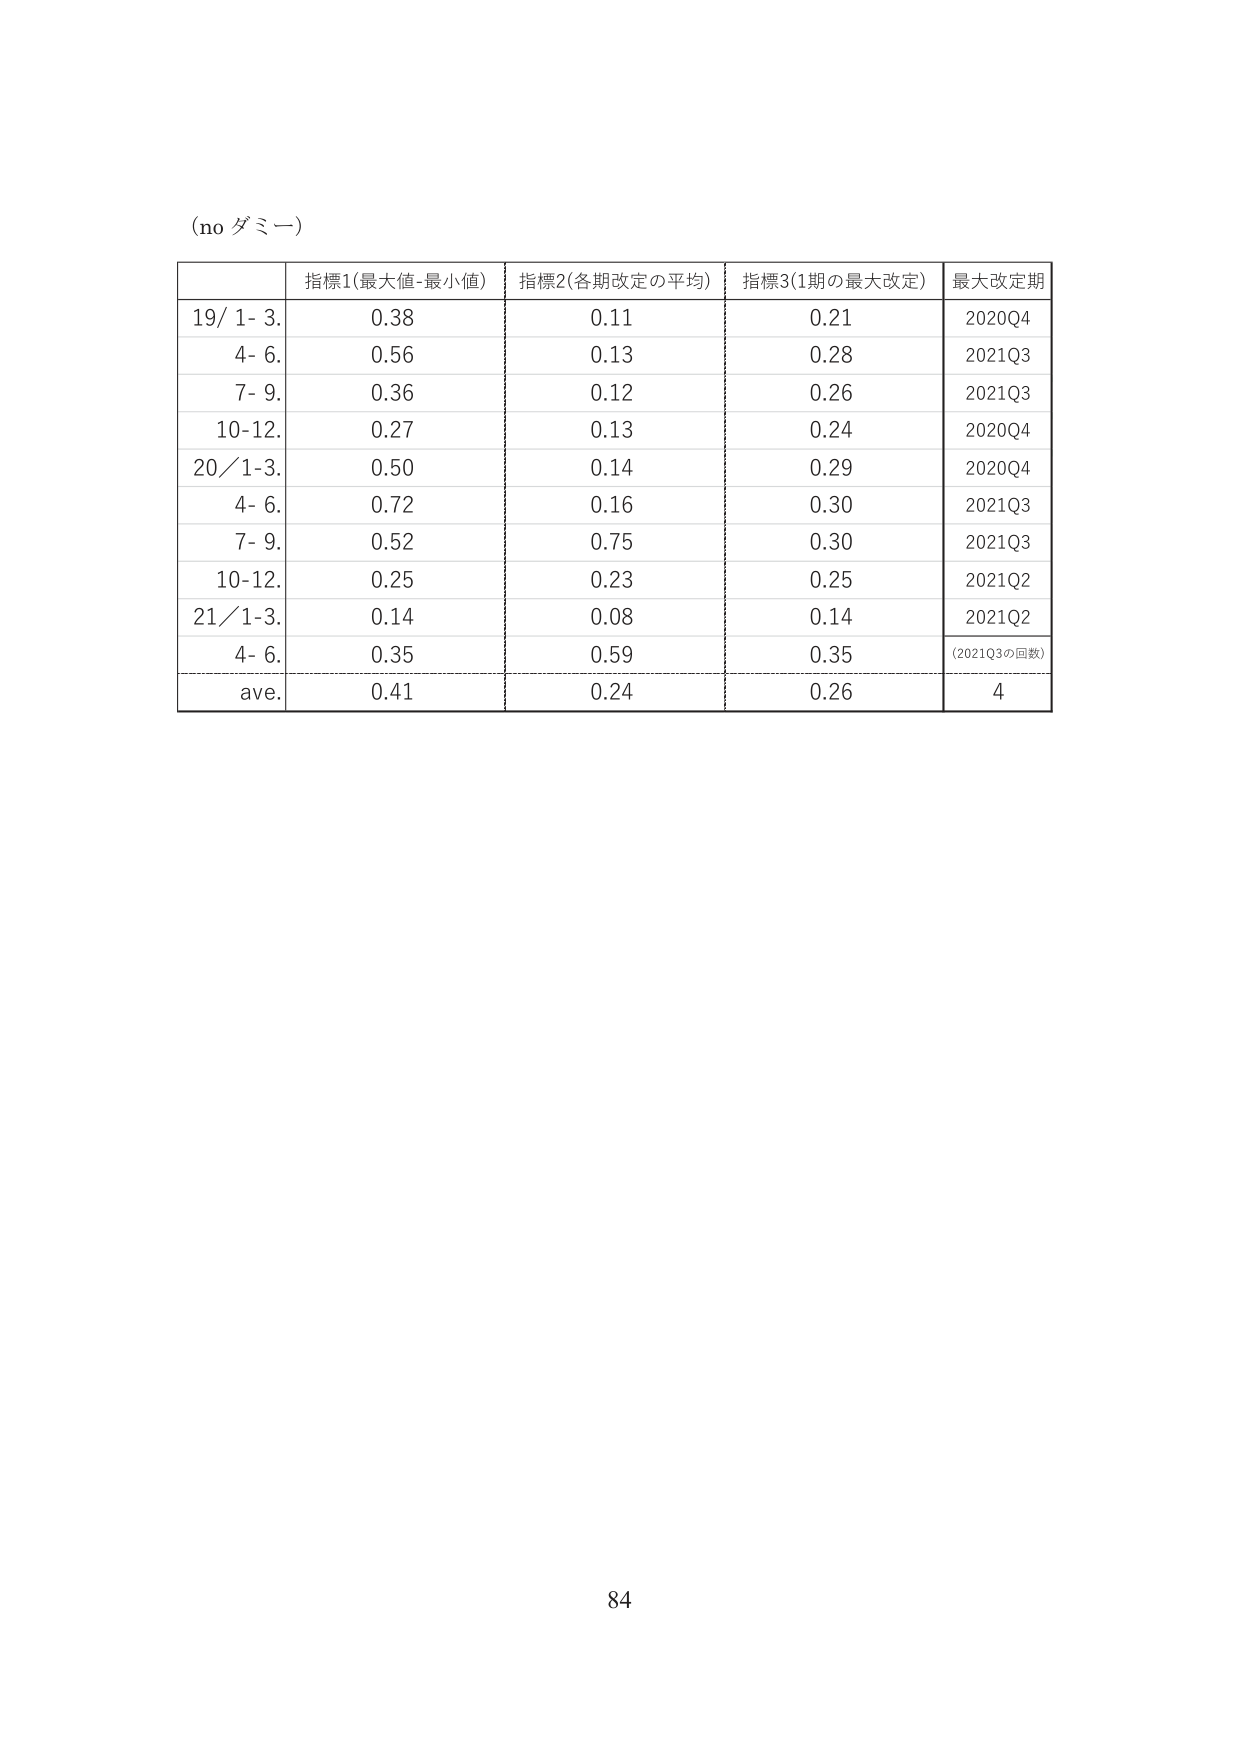
(no ダミー)

指標1(最大値-最小値) 指標2(各期改定の平均) 指標3(1期の最大改定) 最大改定期
19/ 1- 3. 0.38 0.11 0.21 2020Q4
4- 6. 0.56 0.13 0.28 2021Q3
7- 9. 0.36 0.12 0.26 2021Q3
10-12. 0.27 0.13 0.24 2020Q4
20/1-3. 0.50 0.14 0.29 2020Q4
4- 6. 0.72 0.16 0.30 2021Q3
7- 9. 0.52 0.75 0.30 2021Q3
10-12. 0.25 0.23 0.25 2021Q2
21/1-3. 0.14 0.08 0.14 2021Q2
4- 6. 0.35 0.59 0.35 (2021Q3の回数)
ave. 0.41 0.24 0.26 4

84